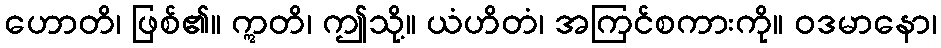
ဟောတိ၊ ဖြစ်၏။ ဣတိ၊ ဤသို့။ ယံဟိတံ၊ အကြင်စကားကို။ ဝဒမာနော၊